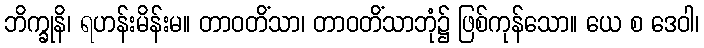
ဘိက္ခုနိ၊ ရဟန်းမိန်းမ။ တာဝတိံသာ၊ တာဝတိံသာဘုံ၌ ဖြစ်ကုန်သော။ ယေ စ ဒေဝါ၊